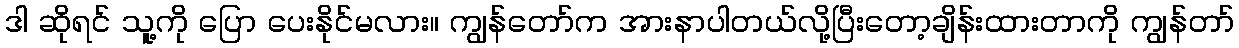
ဒါ ဆိုရင် သူ့ကို ပြော ပေးနိုင်မလား။ ကျွန်တော်က အားနာပါတယ်လို့ပြီးတော့ချိန်းထားတာကို ကျွန်တာ်